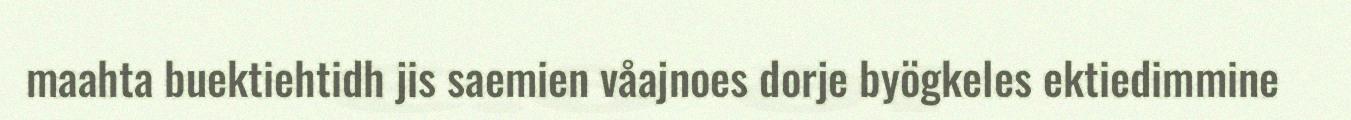
maahta buektiehtidh jis saemien våajnoes dorje byögkeles ektiedimmine